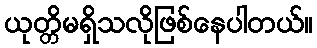
ယုတ္တိမရှိသလိုဖြစ်နေပါတယ်။